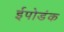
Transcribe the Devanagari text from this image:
ईपोडंक